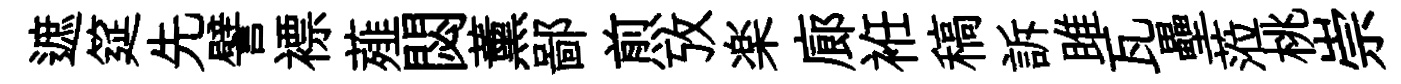
遮筵先譬褾薤閟薰鄙煎攷楽廊袵稿訴雎瓦壘蒞桃崇